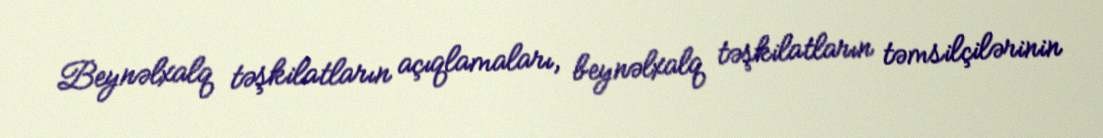
Beynəlxalq təşkilatların açıqlamaları, beynəlxalq təşkilatların təmsilçilərinin